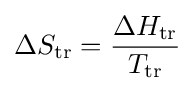
\Delta S_{\text{tr}}={\frac {\Delta H_{\text{tr}}}{T_{\text{tr}}}}